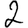
Digit: 2